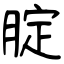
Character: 腚